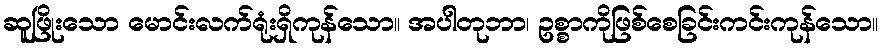
ဆူဖြိုးသော မောင်းလက်ရုံးရှိကုန်သော။ အပါတုဘာ၊ ဥစ္စာကိုဖြစ်စေခြင်းကင်းကုန်သော။